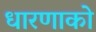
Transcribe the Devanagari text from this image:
धारणाको